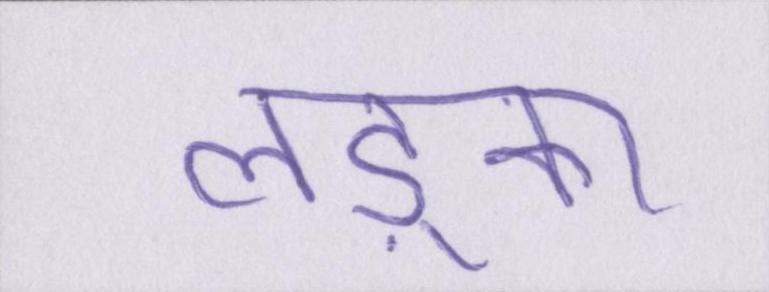
लड़्का